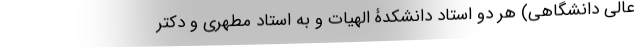
عالی دانشگاهی) هر دو استاد دانشکدۀ الهیات و به استاد مطهری و دکتر